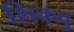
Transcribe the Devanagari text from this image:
शिकवु